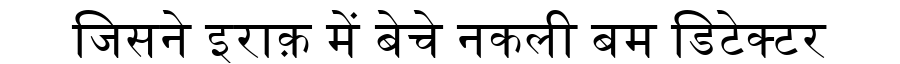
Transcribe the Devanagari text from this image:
जिसने इराक़ में बेचे नकली बम डिटेक्टर